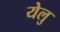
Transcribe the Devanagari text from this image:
येलु